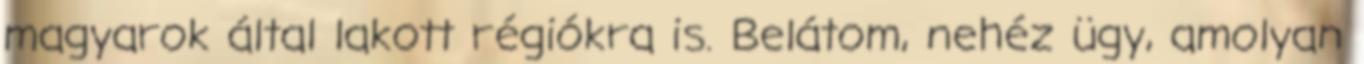
magyarok által lakott régiókra is. Belátom, nehéz ügy, amolyan